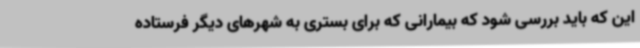
این که باید بررسی شود که بیمارانی که برای بستری به شهرهای دیگر فرستاده